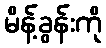
မိန့်ခွန်းကို